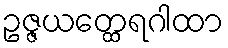
ဥဇ္ဇယတ္ထေရဂါထာ